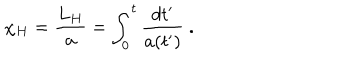
\chi _ { H } = { \frac { L _ { H } } { a } } = \int _ { 0 } ^ { t } { \frac { d t ^ { \prime } } { a ( t ^ { \prime } ) } } \ .